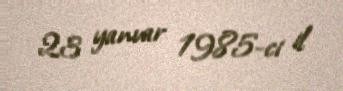
23 yanvar 1985-ci il